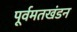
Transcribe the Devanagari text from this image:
पूर्वमतखंडन